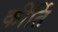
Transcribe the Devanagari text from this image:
कींर्ति